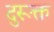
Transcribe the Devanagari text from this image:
दुरूक्त